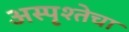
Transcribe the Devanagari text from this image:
अस्पृश्तेचा